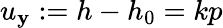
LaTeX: u_{\mathbf{y}}:=h-h_{0}=kp